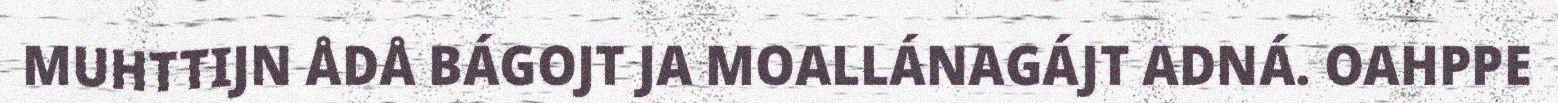
MUHTTIJN ÅDÅ BÁGOJT JA MOALLÁNAGÁJT ADNÁ. OAHPPE